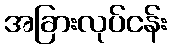
အခြားလုပ်ငန်း